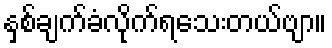
နှစ်ချက်ခံလိုက်ရသေးတယ်ဗျာ။